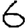
Digit: 6